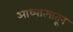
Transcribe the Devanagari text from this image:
आध्यात्मातून